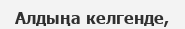
Алдыңа келгенде,